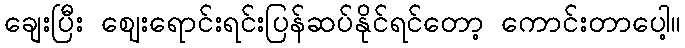
ချေးပြီး ဈေးရောင်းရင်းပြန်ဆပ်နိုင်ရင်တော့ ကောင်းတာပေါ့။